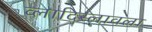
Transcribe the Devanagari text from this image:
व्लादिस्लावला